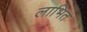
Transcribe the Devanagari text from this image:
लाभित